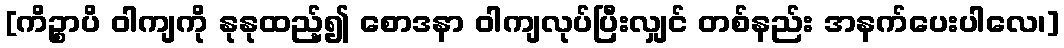
[ကိဉ္စာပိ ဝါကျကို နုနုထည့်၍ စောဒနာ ဝါကျလုပ်ပြီးလျှင် တစ်နည်း အနက်ပေးပါလေ၊]